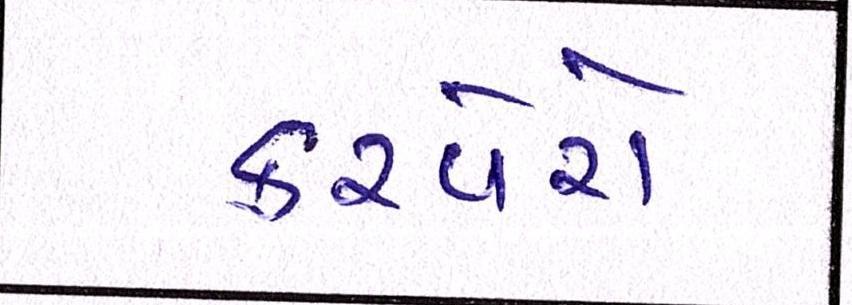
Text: કરવેરો